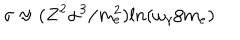
\sigma \approx ( Z ^ { 2 } \alpha ^ { 3 } / m _ { e } ^ { 2 } ) l n ( \omega _ { \gamma } / m _ { e } )